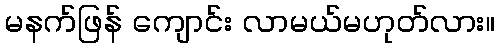
မနက်ဖြန် ကျောင်း လာမယ်မဟုတ်လား။